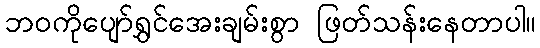
ဘဝကိုပျော်ရွှင်အေးချမ်းစွာ ဖြတ်သန်းနေတာပါ။